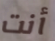
أنت